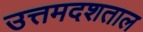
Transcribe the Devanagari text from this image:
उत्तमदशताल